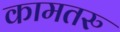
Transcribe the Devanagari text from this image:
कामतरु